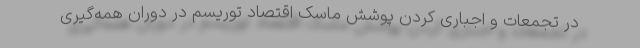
در تجمعات و اجباری کردن پوشش ماسک اقتصاد توریسم در دوران همه‌گیری